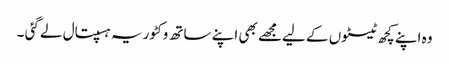
وہ اپنے کچھ ٹیسٹوں کے لیےمجھے بھی اپنے ساتھ وکٹوریہ ہسپتال لے گئی ۔